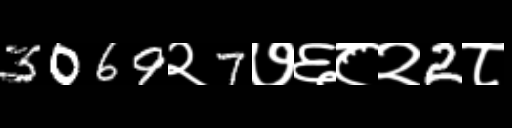
Text: 3069२7७६८२2८